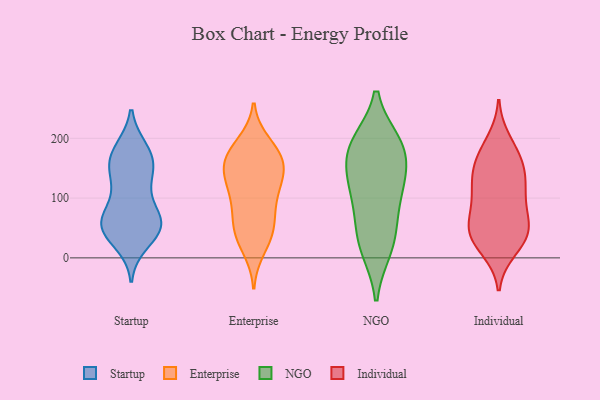
{"axis": {"x": "Temperature (°C)", "y": "Value"}, "legend": ["Enterprise", "Individual", "NGO", "Startup"], "data": [{"x": "", "y": 182, "type": "Startup"}, {"x": "", "y": 48, "type": "Startup"}, {"x": "", "y": 42, "type": "Startup"}, {"x": "", "y": 111, "type": "Startup"}, {"x": "", "y": 151, "type": "Startup"}, {"x": "", "y": 25, "type": "Startup"}, {"x": "", "y": 55, "type": "Startup"}, {"x": "", "y": 57, "type": "Startup"}, {"x": "", "y": 58, "type": "Startup"}, {"x": "", "y": 143, "type": "Startup"}, {"x": "", "y": 179, "type": "Startup"}, {"x": "", "y": 62, "type": "Startup"}, {"x": "", "y": 68, "type": "Startup"}, {"x": "", "y": 94, "type": "Startup"}, {"x": "", "y": 159, "type": "Startup"}, {"x": "", "y": 176, "type": "Startup"}, {"x": "", "y": 142, "type": "Startup"}, {"x": "", "y": 48, "type": "Startup"}, {"x": "", "y": 90, "type": "Enterprise"}, {"x": "", "y": 177, "type": "Enterprise"}, {"x": "", "y": 94, "type": "Enterprise"}, {"x": "", "y": 165, "type": "Enterprise"}, {"x": "", "y": 178, "type": "Enterprise"}, {"x": "", "y": 136, "type": "Enterprise"}, {"x": "", "y": 44, "type": "Enterprise"}, {"x": "", "y": 36, "type": "Enterprise"}, {"x": "", "y": 49, "type": "Enterprise"}, {"x": "", "y": 148, "type": "Enterprise"}, {"x": "", "y": 191, "type": "Enterprise"}, {"x": "", "y": 159, "type": "Enterprise"}, {"x": "", "y": 62, "type": "Enterprise"}, {"x": "", "y": 118, "type": "Enterprise"}, {"x": "", "y": 16, "type": "Enterprise"}, {"x": "", "y": 120, "type": "Enterprise"}, {"x": "", "y": 151, "type": "Enterprise"}, {"x": "", "y": 49, "type": "NGO"}, {"x": "", "y": 185, "type": "NGO"}, {"x": "", "y": 131, "type": "NGO"}, {"x": "", "y": 22, "type": "NGO"}, {"x": "", "y": 84, "type": "NGO"}, {"x": "", "y": 16, "type": "NGO"}, {"x": "", "y": 191, "type": "NGO"}, {"x": "", "y": 120, "type": "NGO"}, {"x": "", "y": 128, "type": "NGO"}, {"x": "", "y": 183, "type": "NGO"}, {"x": "", "y": 184, "type": "NGO"}, {"x": "", "y": 24, "type": "Individual"}, {"x": "", "y": 150, "type": "Individual"}, {"x": "", "y": 117, "type": "Individual"}, {"x": "", "y": 80, "type": "Individual"}, {"x": "", "y": 93, "type": "Individual"}, {"x": "", "y": 195, "type": "Individual"}, {"x": "", "y": 175, "type": "Individual"}, {"x": "", "y": 42, "type": "Individual"}, {"x": "", "y": 60, "type": "Individual"}, {"x": "", "y": 118, "type": "Individual"}, {"x": "", "y": 42, "type": "Individual"}, {"x": "", "y": 15, "type": "Individual"}, {"x": "", "y": 45, "type": "Individual"}, {"x": "", "y": 123, "type": "Individual"}, {"x": "", "y": 44, "type": "Individual"}, {"x": "", "y": 166, "type": "Individual"}, {"x": "", "y": 149, "type": "Individual"}]}